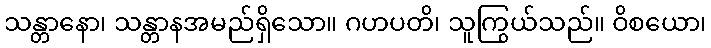
သန္တာနော၊ သန္တာနအမည်ရှိသော။ ဂဟပတိ၊ သူကြွယ်သည်။ ဝိစယော၊